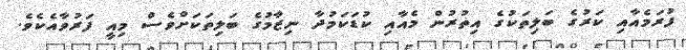
ފުރަމެއާއި ކަރުގެ ބަލިތަކުގެ އިތުރުން މެއާއި ކުޑަކަމުދާ ނިޒާމުގެ ބަލިތަކަށްވެސް މިއީ ފަރުވާއެކެވެ.